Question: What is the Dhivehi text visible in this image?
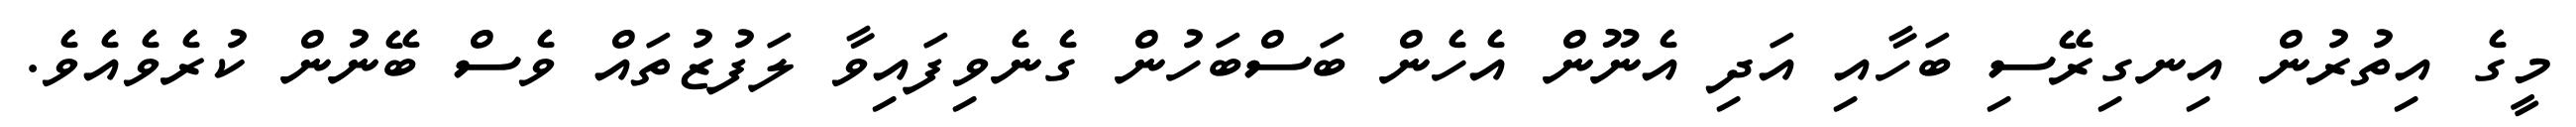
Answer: މީގެ އިތުރުން އިނގިރޭސި ބަހާއި އަދި އެނޫން އެހެން ބަސްބަހުން ގެނެވިފައިވާ ލަފުޒުތައް ވެސް ބޭނުން ކުރެވެއެވެ.